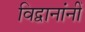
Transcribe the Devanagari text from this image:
विद्वानांनीं